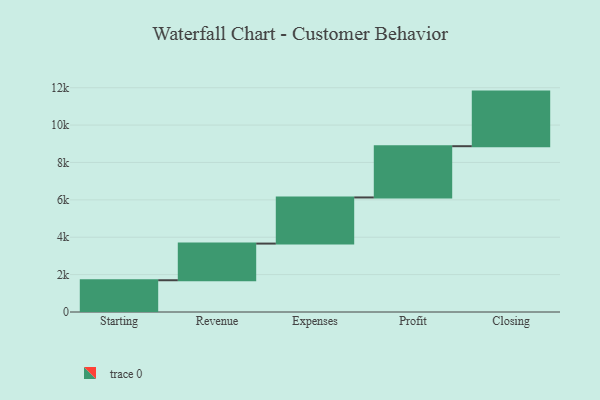
{"axis": {"x": "Step", "y": "Value"}, "legend": [""], "data": [{"x": "Starting", "y": 1699.0, "type": ""}, {"x": "Revenue", "y": 1961.0, "type": ""}, {"x": "Expenses", "y": 2469.0, "type": ""}, {"x": "Profit", "y": 2742.0, "type": ""}, {"x": "Closing", "y": 2921.0, "type": ""}]}